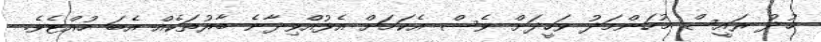
ޚުދު ރައީސް މުހަންމަދު ވަހީދަށް ވެސް އެކަމަށް އެޅުއްވިދާނެ ބާރުތަކެއް އެބަ ހުއްޓެވެ.